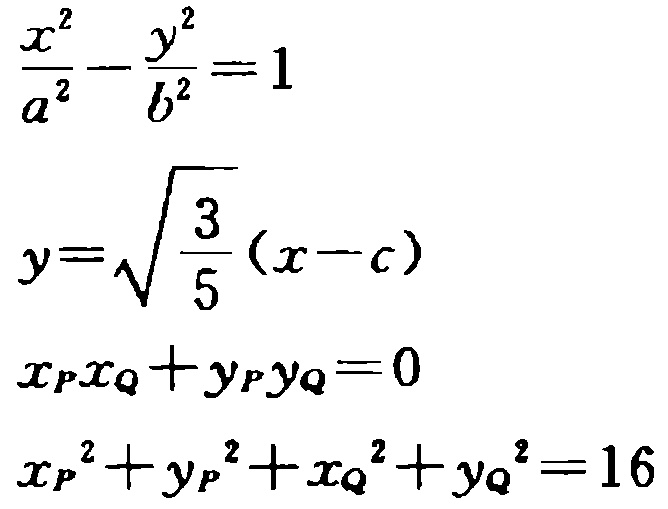
\[\frac{x^{2}}{a^{2}}-\frac{y^{2}}{b^{2}} = 1\]
\[y = \sqrt{\frac{3}{5}}(x - c)\]
\[x_{P}x_{Q}+y_{P}y_{Q}=0\]
\[x_{P}^{2}+y_{P}^{2}+x_{Q}^{2}+y_{Q}^{2}=16\]